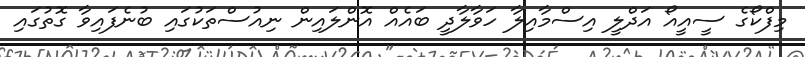
މިފްކޯގެ ސީއީއޯ އަދްލީ އިސްމާއިލާ ހަވާލާދީ ބައެއް އޮންލައިން ނިއުސްތަކުގައި ބުނެފައިވާ ގޮތުގައި